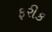
ફરીક